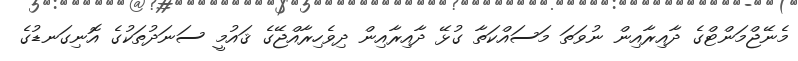
މެނޭޖްމަންޓްގެ ދާއިރާއިން ނުވަތަ މަސައްކަތާ ގުޅޭ ދާއިރާއިން ދިވެހިރާއްޖޭގެ ޤައުމީ ސަނަދުތަކުގެ އޮނިގަނޑުގެ